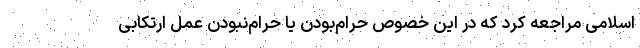
اسلامی مراجعه کرد که در این خصوص حرام‌بودن یا حرام‌نبودن عمل ارتکابی